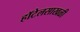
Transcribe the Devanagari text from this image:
हॉटेलसाखळी